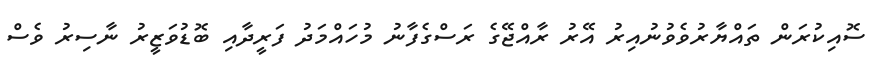
ސޮއިކުރަން ތައްޔާރުވެވުނުއިރު އޭރު ރާއްޖޭގެ ރަސްގެފާނު މުހައްމަދު ފަރީދާއި ބޮޑުވަޒީރު ނާސިރު ވެސް